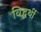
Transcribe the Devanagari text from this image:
विद्धर्थी